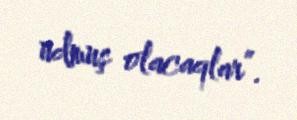
udmuş olacaqlar”.